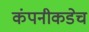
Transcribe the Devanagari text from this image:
कंपनीकडेच